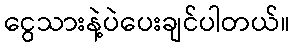
ငွေသားနဲ့ပဲပေးချင်ပါတယ်။